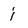
Character: j